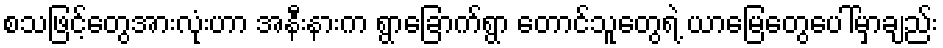
စသဖြင့်တွေအားလုံးဟာ အနီးနားက ရွာခြောက်ရွာ တောင်သူတွေရဲ့ ယာမြေတွေပေါ်မှာချည်း